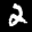
Label: 2